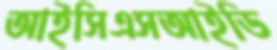
আইসিএসআইডি